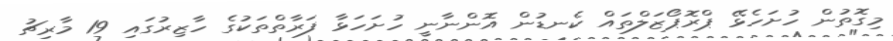
މިގޮތުން ހުށަހެޅޭ ޕްރޮޕޯޒަލްތައް ކެނޑުން އޮންނާނީ ހުށަހަޅާ ފަރާތްތަކުގެ ހާޒިރުގައި 19 މާރިޗު